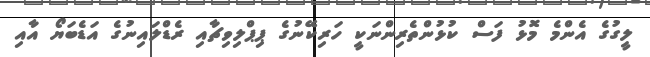
ލީގުގެ އެންމެ މޮޅު ފަސް ކުޅުންތެރިންނަކީ ހަރިކޭނުގެ ޕިޕްލިވިޗާއި ރެޑްލައިނުގެ އަޑެބަޔޯ އާއި